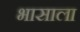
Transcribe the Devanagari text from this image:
भासाला